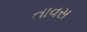
તાવસ